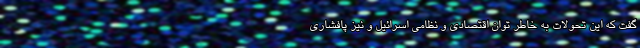
گفت که این تحولات به خاطر توان اقتصادی و نظامی اسرائیل و نیز پافشاری